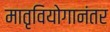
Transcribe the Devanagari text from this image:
मातृवियोगानंतर